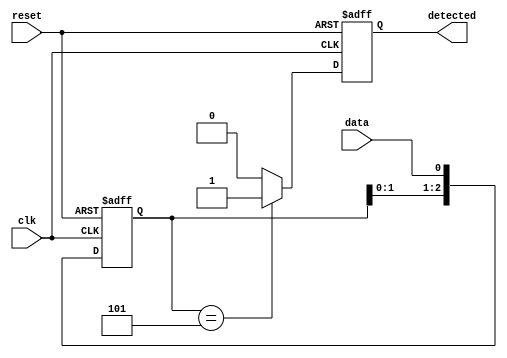
module flip_flop_pattern_detector (
    input wire clk,            // Clock signal
    input wire reset,          // Reset signal
    input wire data,           // Input signal to detect pattern
    output reg detected        // Output signal indicating detection of pattern
);

    // Parameters
    parameter PATTERN_LENGTH = 3;       // Length of the pattern to be detected (e.g., '101')
    parameter PATTERN = 3'b101;          // Define the pattern to be detected

    // Flip-Flop storage for the input signal
    reg [PATTERN_LENGTH-1:0] shift_reg;

    // Sequential logic: Flip-Flops for storing the input data
    always @(posedge clk or posedge reset) begin
        if (reset) begin
            shift_reg <= 0;               // Clear shift register on reset
            detected <= 0;                // Reset detected signal
        end else begin
            shift_reg <= {shift_reg[PATTERN_LENGTH-2:0], data}; // Shift data into the register
            // Check if the current value of shift_reg matches the defined pattern
            if (shift_reg == PATTERN) begin
                detected <= 1;             // Set detected signal high if pattern matches
            end else begin
                detected <= 0;             // Reset detected signal if pattern does not match
            end
        end
    end

endmodule